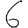
Digit: 6